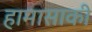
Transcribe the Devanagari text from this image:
हामासाकी